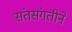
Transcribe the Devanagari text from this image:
संतसंगतीने